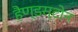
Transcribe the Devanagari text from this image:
हैण्डस्टोन